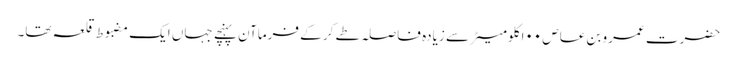
حضرت عمرو بن عاص ۰۰ا کلومیٹر سے زیادہ فاصلہ طے کر کے فرماآن پہنچے جہاں ایک مضبوط قلعہ تھا۔